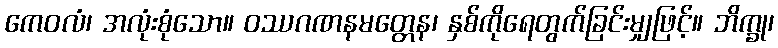
ကေဝလံ၊ အလုံးစုံသော။ ဝဿဂဏနမတ္တေန၊ နှစ်ကိုရေတွက်ခြင်းမျှဖြင့်။ ဘိက္ခု၊